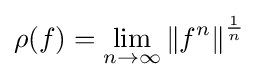
\rho (f)=\lim _{n\to \infty }\left\|f^{n}\right\|^{\frac {1}{n}}